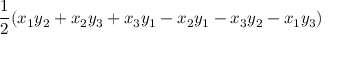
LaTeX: { \frac { 1 } { 2 } } ( x _ { 1 } y _ { 2 } + x _ { 2 } y _ { 3 } + x _ { 3 } y _ { 1 } - x _ { 2 } y _ { 1 } - x _ { 3 } y _ { 2 } - x _ { 1 } y _ { 3 } )